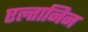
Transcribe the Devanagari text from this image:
एल्तानिन